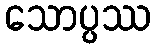
သောပ္ပဿ